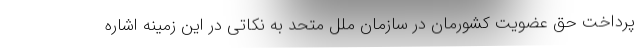
پرداخت حق عضویت کشورمان در سازمان ملل متحد به نکاتی در این زمینه اشاره